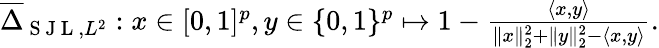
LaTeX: \begin{array}{r}{\overline{{\Delta}}_{\mathrm{~S~J~L~},L^{2}}:x\in[0,1]^{p},y\in\{ 0,1\} ^{p}\mapsto 1-\frac{\langle x,y\rangle}{\| x\| _{2}^{2}+\| y\| _{2}^{2}-\langle x,y\rangle}.}\end{array}